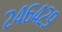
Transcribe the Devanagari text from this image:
२४६४२९